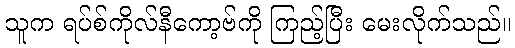
သူက ရပ်စ်ကိုလ်နီကော့ဗ်ကို ကြည့်ပြီး မေးလိုက်သည်။